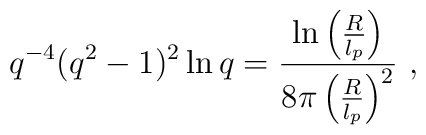
q^{-4}(q^2-1)^2\ln q=\frac{\ln\left(\frac{R}{l_p}\right)}{8\pi\left(\frac{R}{l_p}\right)^2}~,